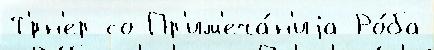
Т'́рн'ер со Пр'им'еча́н'иjа Ро́ба